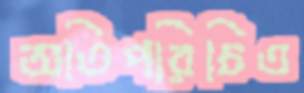
অতিপরিচিত